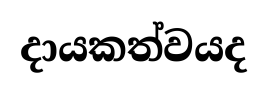
දායකත්වයද